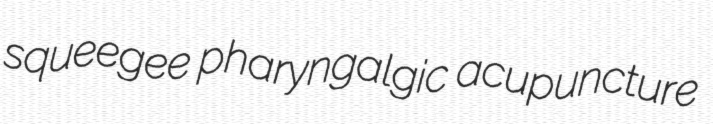
squeegee pharyngalgic acupuncture